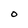
Character: O